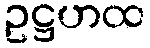
ဥဋ္ဌဟထ